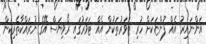
އަންނައިރު އެއް ފުންޏަކަށް ހުރި ޓަވަރުތަކުން އެއް ޓަވަރުގައި ރޯވިޔަސް އޭގެ ނުރައްކާތެރިކަން